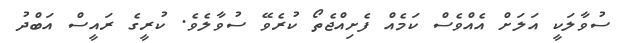
ސުވާލަކީ އަލަށް އެެއްވެސް ކަމެއް ފެށިއްޖެތޯ ކުރެވޭ ސުވާލެވެ. ކުރީގެ ރައީސް އަބްދު